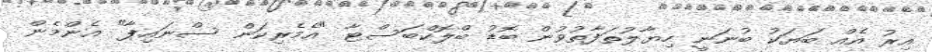
އިރު އެއް ބަޔަކު ބުނަނީ ހިޔާލުތަފާތުވުން ބޮޑު ބްލޮކްބަސްޓާ "އެމެރިކަން ސްނައިޕާ" އެންމެން